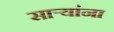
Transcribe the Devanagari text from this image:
सार्‍यांना